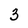
Character: 3